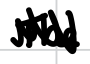
Text: The
Cross-out: zig-zag
Writing tool: digital_black